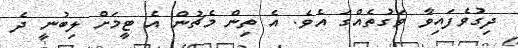
ދިގުވެފައިވާ ވަގުތެއްގަ އެވެ. އެ ތިން މެޗުން އެ ޓީމަށް ލިބުނީ ދެ